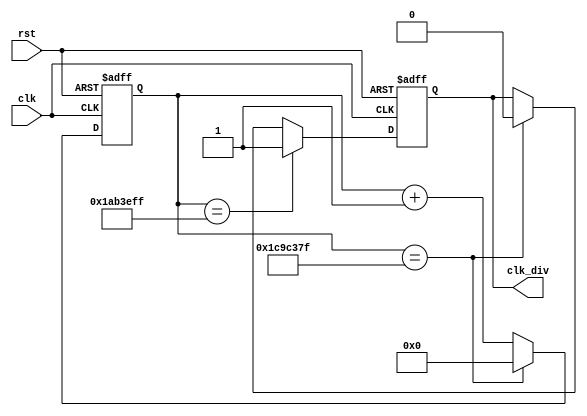
module led_2(
    output reg clk_div,
	input clk,
    input rst
    );
	localparam constantNumber = 30000000;
	localparam cc=28000000;
	reg [34:0] count;
 
always @ (posedge(clk), posedge(rst))
begin
    if (rst == 1'b1)
        count <= 35'b0;
    else if (count == constantNumber - 1)
        count <= 35'b0;
    else
        count <= count + 1;
end
always @ (posedge(clk), posedge(rst))
begin
    if (rst == 1'b1)
        clk_div <= 1'b0;
    else if(count==cc-1)
        clk_div=1'b1;
    else if (count == constantNumber - 1)
        clk_div <= 1'b0;
    else
        clk_div <= clk_div;
end

endmodule